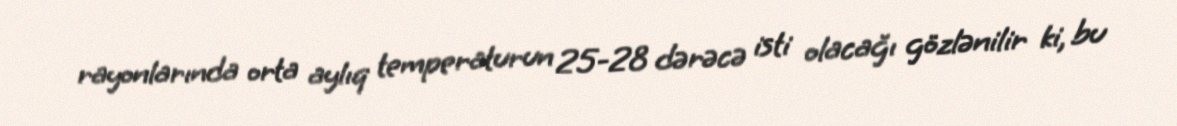
rayonlarında orta aylıq temperaturun 25-28 dərəcə isti olacağı gözlənilir ki, bu